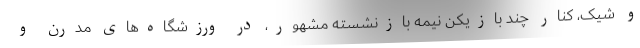
و شیک، کنار چند بازیکن نیمه بازنشسته مشهور، در ورزشگاه‌های مدرن و